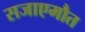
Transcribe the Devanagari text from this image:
सजाएमौत